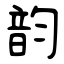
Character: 韵